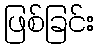
ဖြစ်ခြင်း